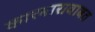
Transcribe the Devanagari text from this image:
कारभाराबाबत